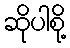
ဆိုပါစို့